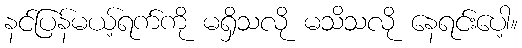
နင်ပြန်မယ့်ရက်ကို မရှိသလို မသိသလို နေရင်းပေါ့။